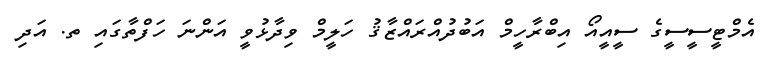
އެމްޓީސީސީގެ ސީއީއޯ އިބްރާހީމް އަބުދުއްރައްޒާޤު ހަލީމް ވިދާޅުވީ އަންނަ ހަފްތާގައި ތ. އަދި